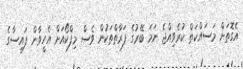
އެގޮތަށް މަސައްކަތް ކުރެވިއްޖެ ނަމަ ބޭރުގެ ފަރާތްތަކުން ވެސް މިފްކޯއަށް އެހީވާން ފައިސާގެ